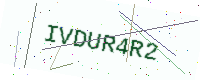
Text: IVDUR4R2